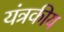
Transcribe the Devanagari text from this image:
यंत्रकीय